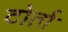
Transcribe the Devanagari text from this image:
टोर्ता